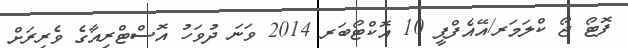
ފޮޓޯ ޖޯ ކްލަމަރ/އޭއެފްޕީ 10 އޮކްޓޯބަރ 2014 ވަނަ ދުވަހު އޮސްޓްރިއާގެ ވެރިރަށް